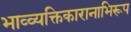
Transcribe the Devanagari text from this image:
भाव्व्यक्तिकारानाभिरूप